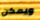
ويمكن